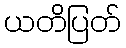
ယတိပြတ်